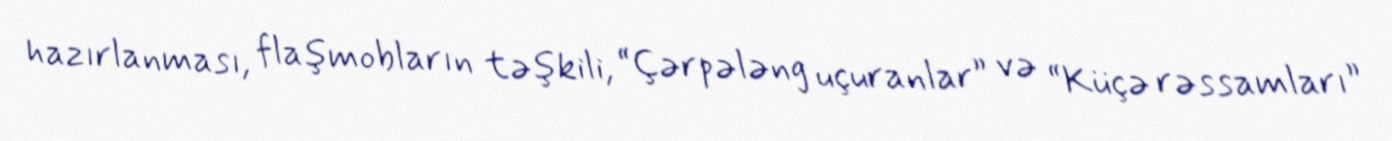
hazırlanması, flaşmobların təşkili, “Çərpələng uçuranlar” və “Küçə rəssamları”